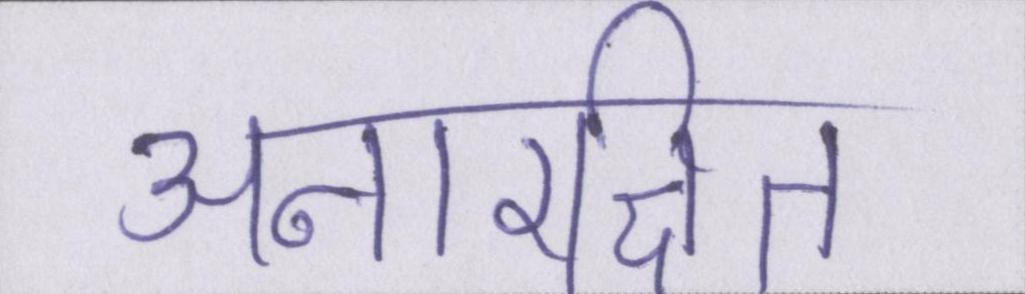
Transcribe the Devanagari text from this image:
अनारक्षित